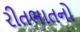
રીતભાતનો